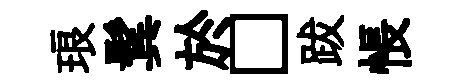
琅鬂於□跋悵